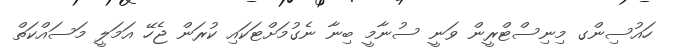
ހައުސިންގ މިނިސްޓްރީން ވަނީ ސުނާމީ ބިނާ ނެގުމަށްޓަކައި ކުރަން ޖެހޭ އަމަލީ މަސައްކަތް